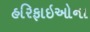
હરિફાઇઓના